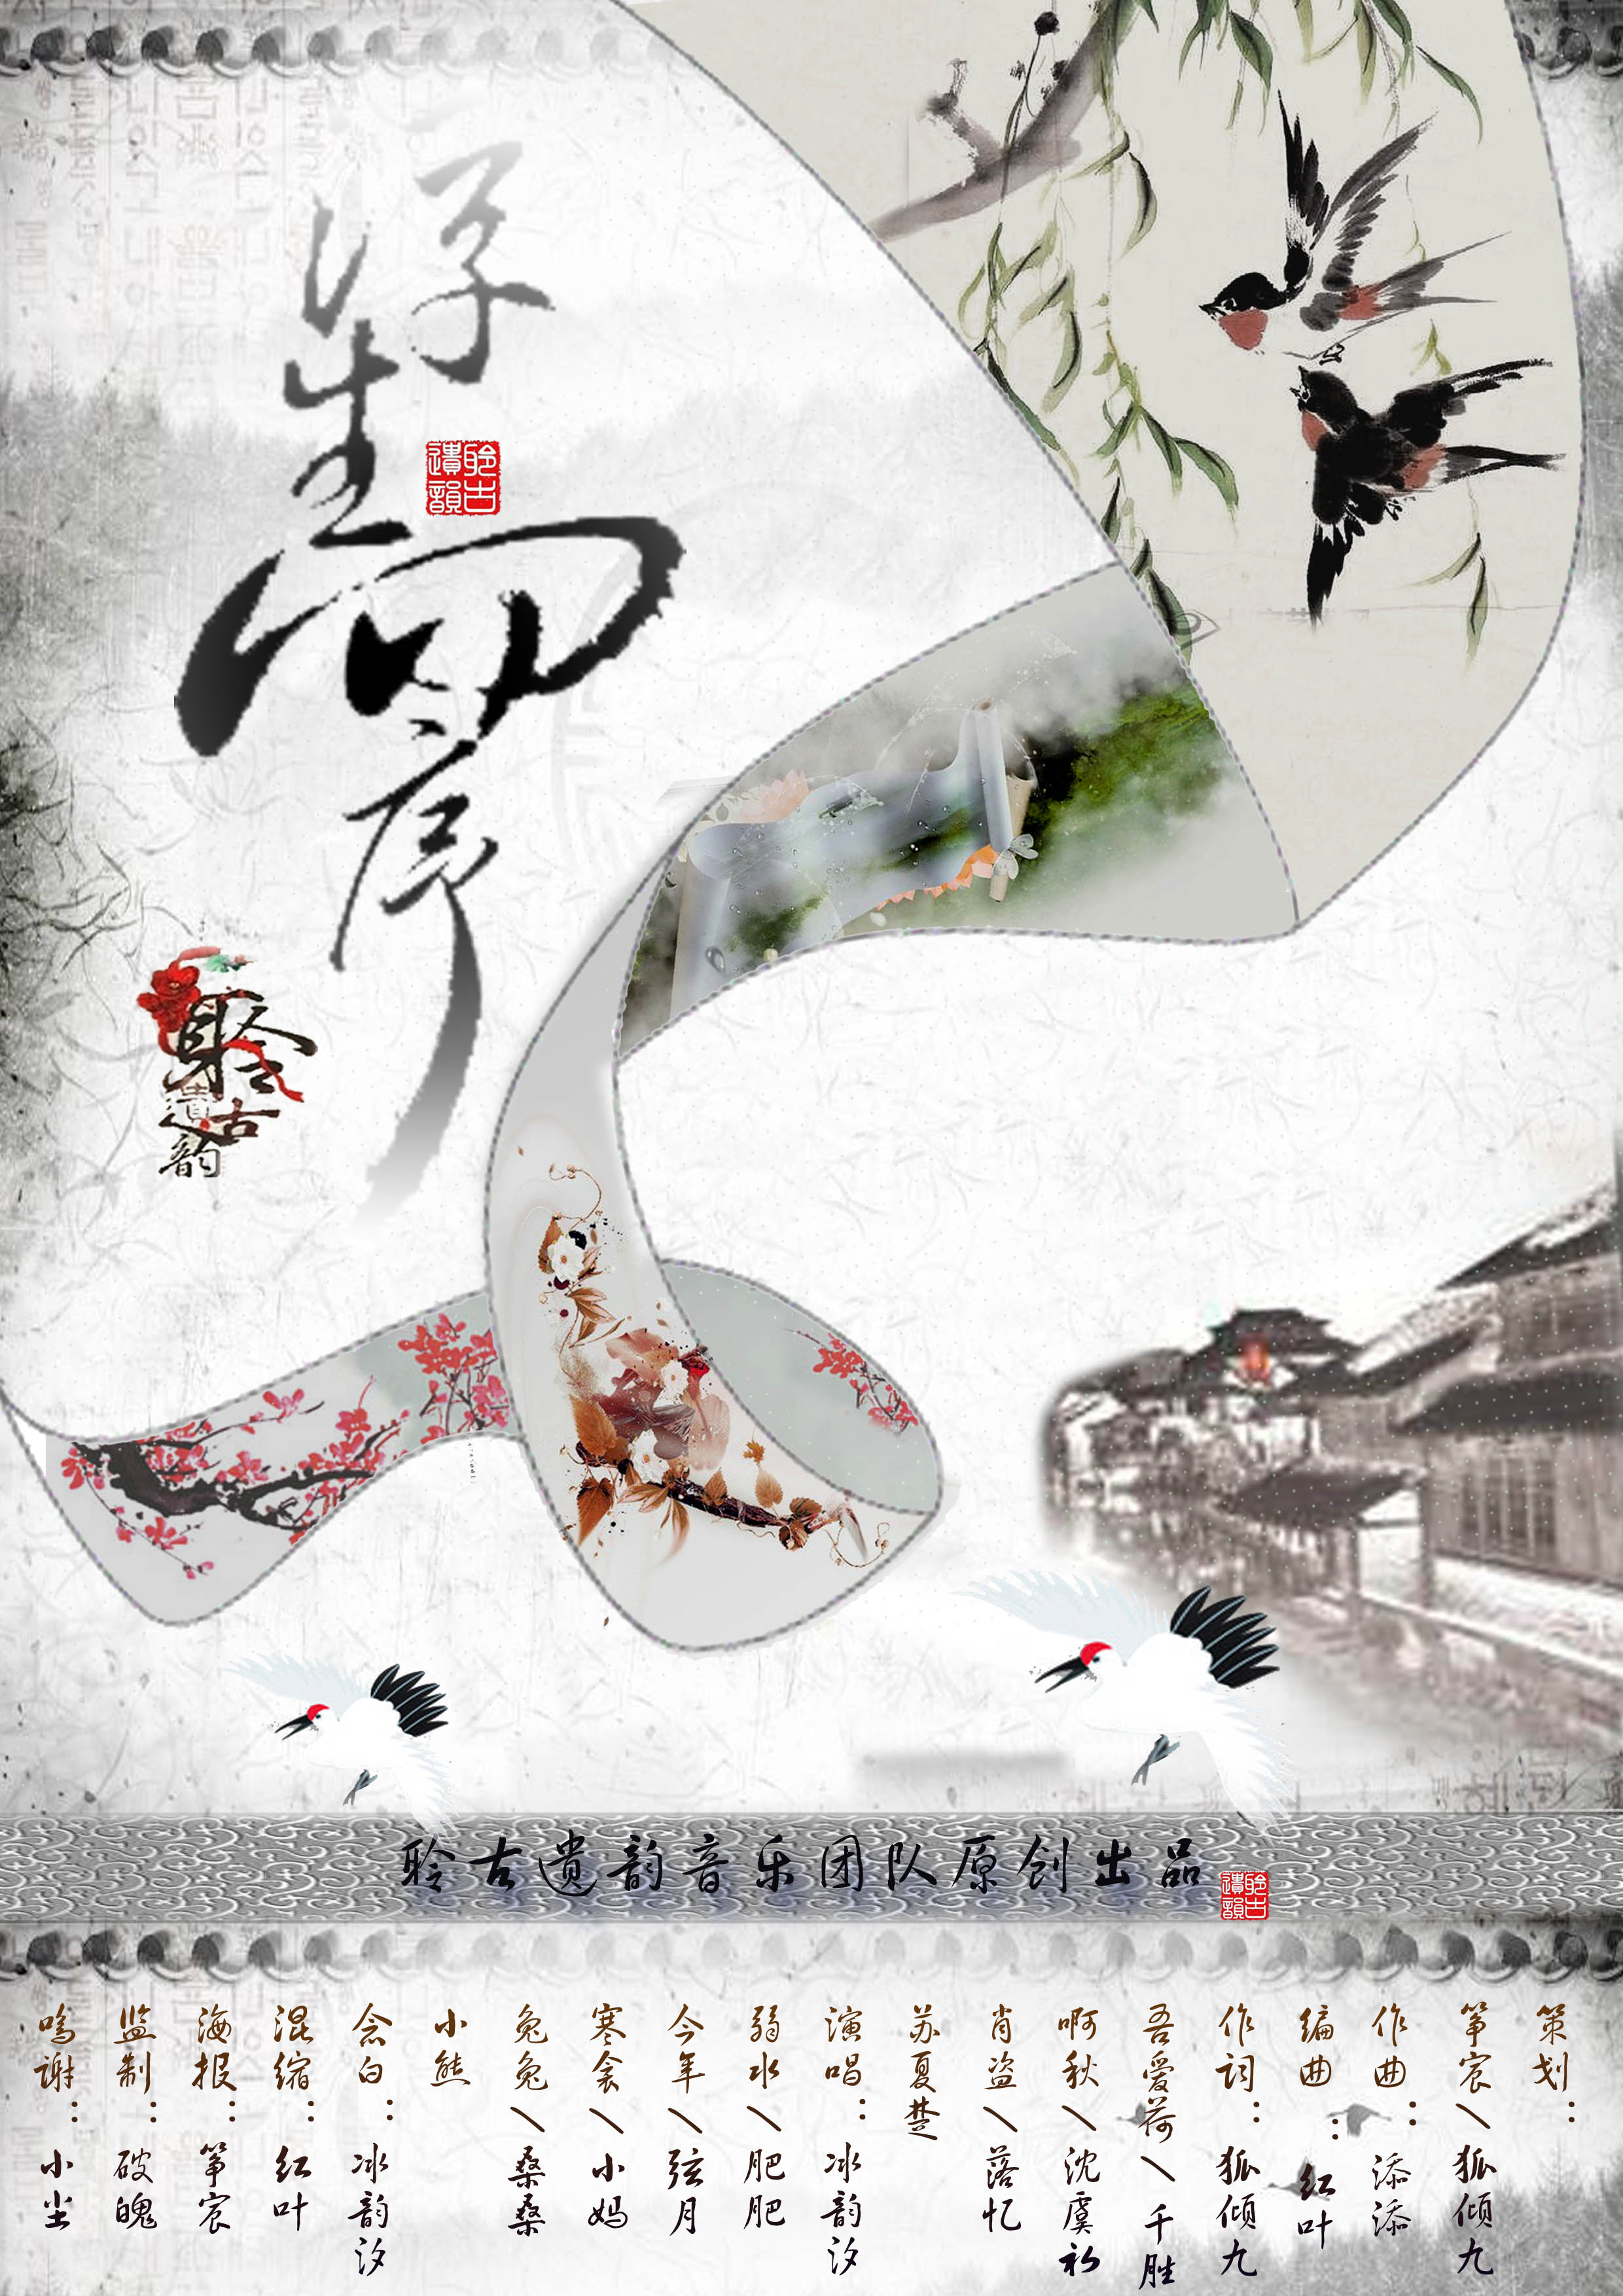
俯饮一杯酒，仰聆金玉章。